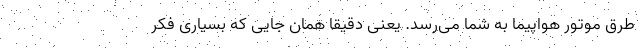
طرق موتور هواپیما به شما می‌رسد. یعنی دقیقا همان جایی که بسیاری فکر